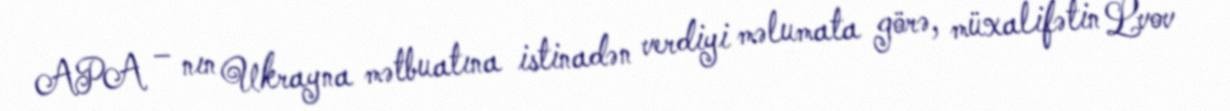
APA – nın Ukrayna mətbuatına istinadən verdiyi məlumata görə, müxalifətin Lvov